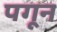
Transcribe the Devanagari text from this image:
पगून